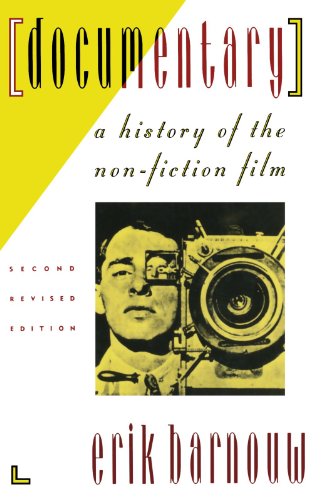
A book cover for Documentary: A History of the Non-Fiction Film; Erik Barnouw; Humor & Entertainment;